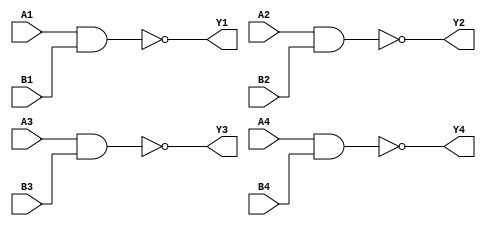
`timescale 1ns / 1ps
//////////////////////////////////////////////////////////////////////////////////
// Company: Xilinx
// 
// Design Name: 74LS00
// Module Name: four_2_input_nand_gate
// Project Name: digital_base_IP
// Target Devices: basys3
// Tool Versions: 
// Description: 
// 
// Dependencies: 
// 
// Revision:
// Revision 0.01 - File Created
// Additional Comments:
// 
//////////////////////////////////////////////////////////////////////////////////


module four_2_input_nand_gate #(parameter Delay = 0)(
    input wire A1,B1,A2,B2,A3,B3,A4,B4,
    output wire Y1,Y2,Y3,Y4
    );
    
    nand #Delay (Y1,A1,B1);
    nand #Delay (Y2,A2,B2);
    nand #Delay (Y3,A3,B3);
    nand #Delay (Y4,A4,B4);
    
endmodule